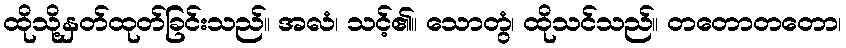
ထိုသို့နှတ်ထုတ်ခြင်းသည်။ အလံ၊ သင့်၏။ သောတွံ၊ ထိုသင်သည်။ တတောတတော၊